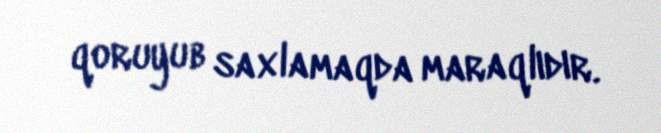
qoruyub saxlamaqda maraqlıdır.